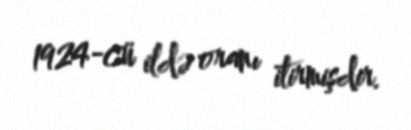
1924-cü ildə oranı itirmişdir.